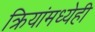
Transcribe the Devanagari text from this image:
क्रियांमध्येही